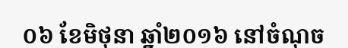
០៦ ខែមិថុនា ឆ្នាំ២០១៦ នៅចំណុច